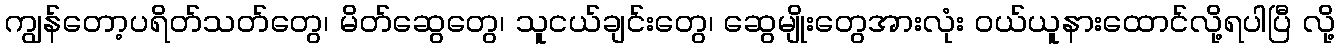
ကျွန်တော့ပရိတ်သတ်တွေ၊ မိတ်ဆွေတွေ၊ သူငယ်ချင်းတွေ၊ ဆွေမျိုးတွေအားလုံး ဝယ်ယူနားထောင်လို့ရပါပြီ လို့